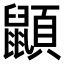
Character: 𪕯